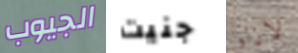
الجيوب جنيت لازلو